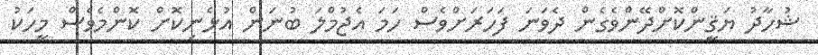
ޝުހާދު ޔަޤީންކޮށްދޭންވެގެން ދެވަނަ ފަހަރަށްވެސް ހަމަ އެޖުމްލަ ބުނަން އުޅެނިކޮށް ކޮންމެވެސް މީހަކު